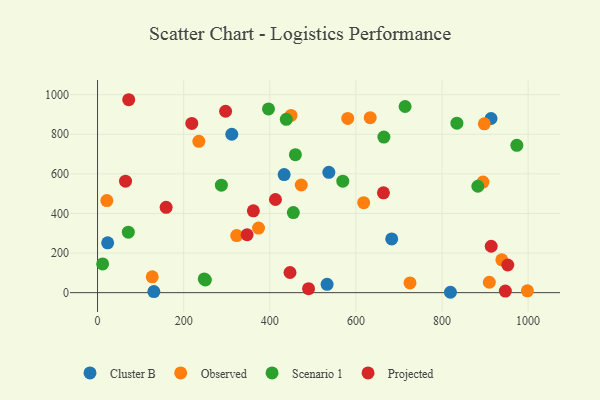
{"axis": {"x": "Price", "y": "Salary"}, "legend": ["Cluster B", "Observed", "Projected", "Scenario 1"], "data": [{"x": "130.8", "y": 5.3, "type": "Cluster B"}, {"x": "311.8", "y": 800.2, "type": "Cluster B"}, {"x": "683.2", "y": 271.3, "type": "Cluster B"}, {"x": "819.6", "y": 1.9, "type": "Cluster B"}, {"x": "23.5", "y": 251.6, "type": "Cluster B"}, {"x": "533.1", "y": 41.9, "type": "Cluster B"}, {"x": "537.2", "y": 607.7, "type": "Cluster B"}, {"x": "913.9", "y": 879.8, "type": "Cluster B"}, {"x": "433.4", "y": 596.7, "type": "Cluster B"}, {"x": "235.2", "y": 764.6, "type": "Observed"}, {"x": "633.3", "y": 883.7, "type": "Observed"}, {"x": "618.1", "y": 454.4, "type": "Observed"}, {"x": "21.6", "y": 464.9, "type": "Observed"}, {"x": "127.0", "y": 80.2, "type": "Observed"}, {"x": "725.7", "y": 48.9, "type": "Observed"}, {"x": "898.3", "y": 852.9, "type": "Observed"}, {"x": "895.2", "y": 558.7, "type": "Observed"}, {"x": "938.9", "y": 166.0, "type": "Observed"}, {"x": "373.9", "y": 326.1, "type": "Observed"}, {"x": "581.1", "y": 880.2, "type": "Observed"}, {"x": "449.4", "y": 895.4, "type": "Observed"}, {"x": "998.3", "y": 9.4, "type": "Observed"}, {"x": "323.2", "y": 288.2, "type": "Observed"}, {"x": "473.1", "y": 543.9, "type": "Observed"}, {"x": "909.9", "y": 52.5, "type": "Observed"}, {"x": "250.5", "y": 63.9, "type": "Scenario 1"}, {"x": "247.8", "y": 69.5, "type": "Scenario 1"}, {"x": "11.8", "y": 145.1, "type": "Scenario 1"}, {"x": "714.3", "y": 940.3, "type": "Scenario 1"}, {"x": "665.0", "y": 785.7, "type": "Scenario 1"}, {"x": "397.0", "y": 928.2, "type": "Scenario 1"}, {"x": "438.4", "y": 875.7, "type": "Scenario 1"}, {"x": "973.8", "y": 744.3, "type": "Scenario 1"}, {"x": "569.6", "y": 563.1, "type": "Scenario 1"}, {"x": "834.6", "y": 856.0, "type": "Scenario 1"}, {"x": "287.6", "y": 543.0, "type": "Scenario 1"}, {"x": "454.7", "y": 404.6, "type": "Scenario 1"}, {"x": "71.5", "y": 305.6, "type": "Scenario 1"}, {"x": "459.5", "y": 697.2, "type": "Scenario 1"}, {"x": "883.3", "y": 537.5, "type": "Scenario 1"}, {"x": "947.1", "y": 7.8, "type": "Projected"}, {"x": "952.8", "y": 139.8, "type": "Projected"}, {"x": "490.1", "y": 20.2, "type": "Projected"}, {"x": "361.9", "y": 413.5, "type": "Projected"}, {"x": "297.4", "y": 916.4, "type": "Projected"}, {"x": "72.4", "y": 974.6, "type": "Projected"}, {"x": "218.9", "y": 855.0, "type": "Projected"}, {"x": "347.4", "y": 292.4, "type": "Projected"}, {"x": "447.0", "y": 101.7, "type": "Projected"}, {"x": "65.0", "y": 563.3, "type": "Projected"}, {"x": "664.0", "y": 504.1, "type": "Projected"}, {"x": "914.3", "y": 234.3, "type": "Projected"}, {"x": "413.2", "y": 470.5, "type": "Projected"}, {"x": "159.3", "y": 430.8, "type": "Projected"}]}